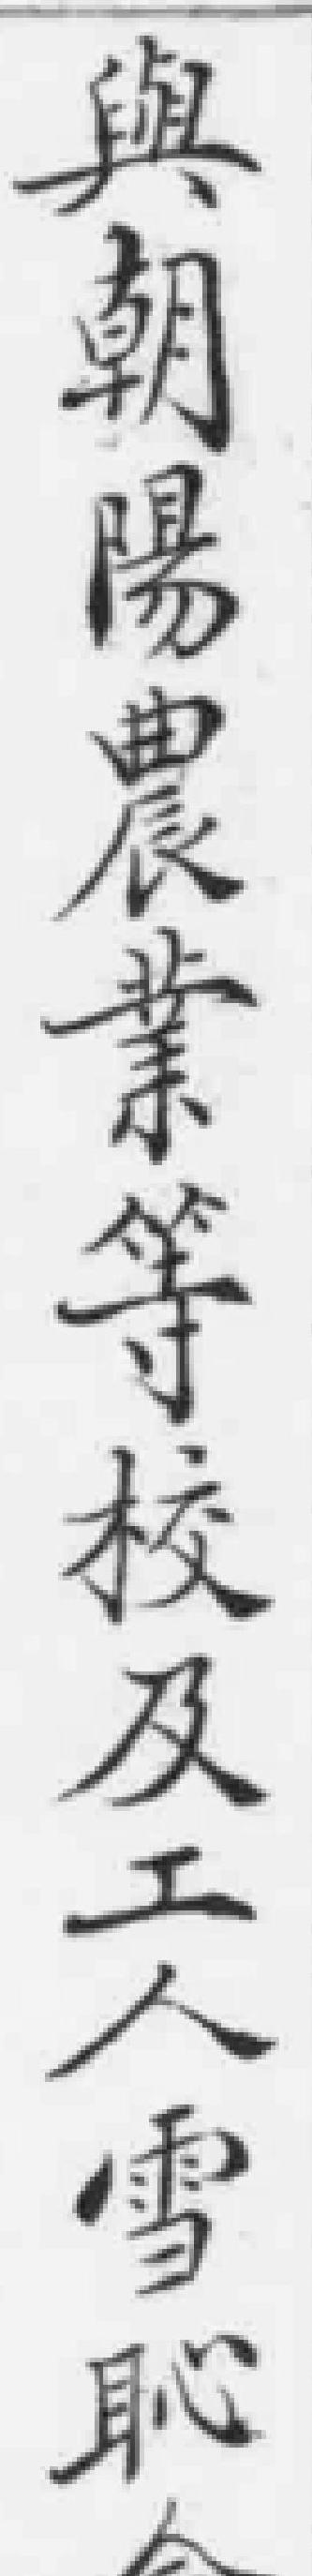
與朝陽農業等校及工人雪恥